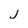
Character: j